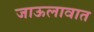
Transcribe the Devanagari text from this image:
जाऊलावात